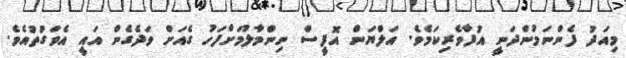
މިއަދު ފެންނަމުންދަނީ އުފާވެރިކަމެވެ. އަލްޔަން އޮފީސް ނިންމާލުމަށްފަހު ގެއަށް ވަދެގެން އައީ އެވަގުތުއެވެ.